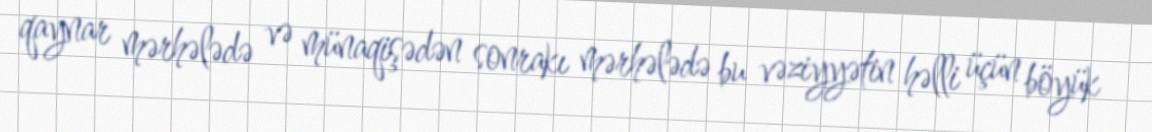
qaynar mərhələdə və münaqişədən sonrakı mərhələdə bu vəziyyətin həlli üçün böyük